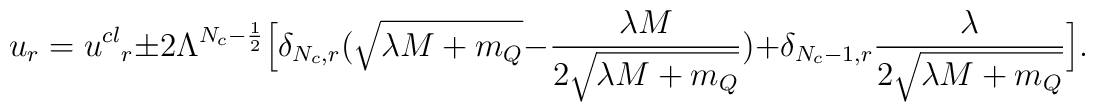
u_{r}={u^{cl}}_{r} \pm 2 \Lambda^{N_{c}-\frac{1}{2}}\Big[\delta_{N_{c},r}(\sqrt{\lambda M + m_Q}-\frac{\lambda M}{2 \sqrt{\lambda M + m_Q}})+\delta_{N_{c}-1,r}\frac{\lambda}{2\sqrt{\lambda M+m_Q}}\Big].